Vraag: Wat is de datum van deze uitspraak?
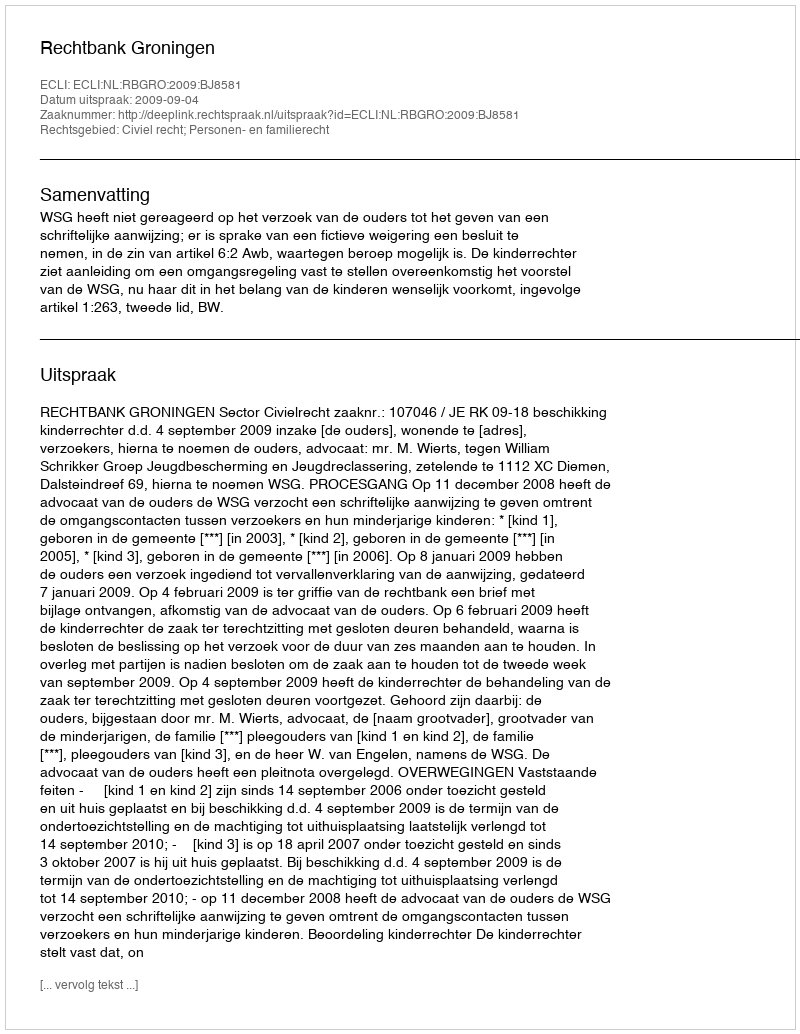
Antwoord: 2009-09-04